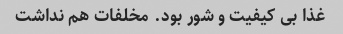
غذا بی کیفیت و شور بود. مخلفات هم نداشت